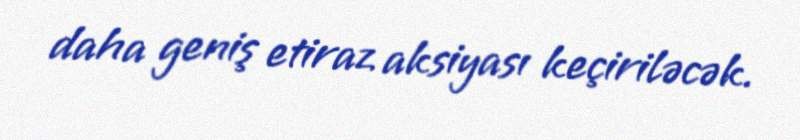
daha geniş etiraz aksiyası keçiriləcək.